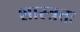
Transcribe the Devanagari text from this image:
शास्त्रतः